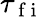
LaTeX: \tau_{\mathrm{~f~i~}}